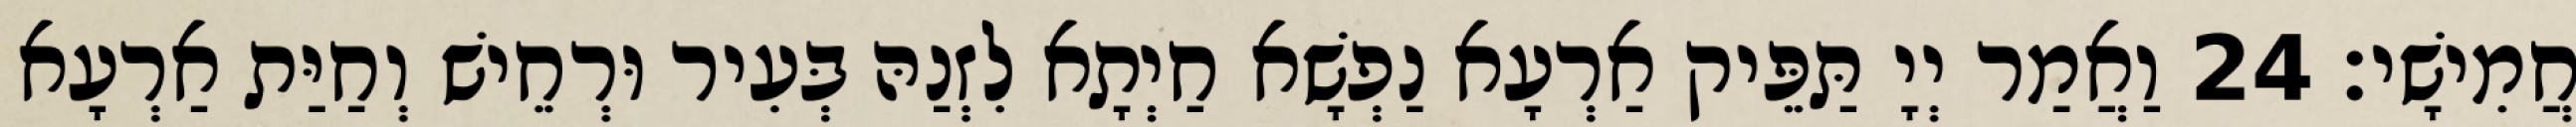
חֲמִישָׁי׃ 24 וַאֲמַר יְיָ תַּפֵּיק אַרְעָא נַפְשָׁא חַיְתָא לִזְנַהּ בְּעִיר וּרְחֵישׁ וְחַיַּת אַרְעָא